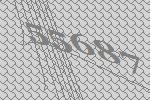
55687